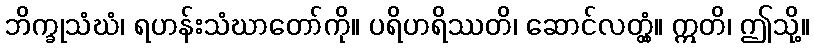
ဘိက္ခုသံဃံ၊ ရဟန်းသံဃာတော်ကို။ ပရိဟရိဿတိ၊ ဆောင်လတ္တံ့။ ဣတိ၊ ဤသို့။